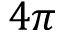
4 \pi